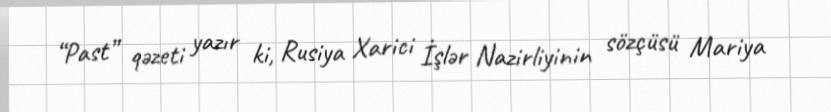
“Past” qəzeti yazır ki, Rusiya Xarici İşlər Nazirliyinin sözçüsü Mariya